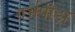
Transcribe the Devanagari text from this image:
गर्भपीड़ा